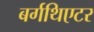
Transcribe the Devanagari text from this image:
बर्गथिएटर